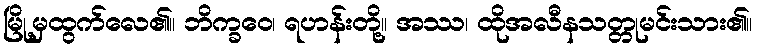
မြို့မှထွက်လေ၏။ ဘိက္ခဝေ၊ ရဟန်းတို့။ အဿ၊ ထိုအလီနသတ္တုမင်းသား၏။